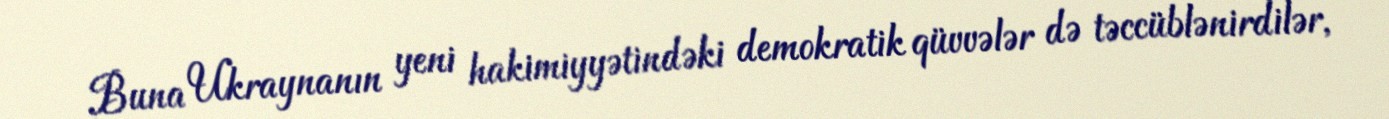
Buna Ukraynanın yeni hakimiyyətindəki demokratik qüvvələr də təccüblənirdilər,